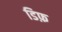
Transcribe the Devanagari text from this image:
डिफ़